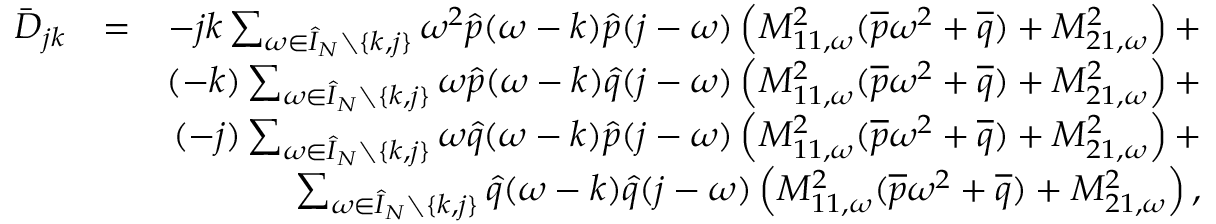
\begin{array} { r l r } { \bar { D } _ { j k } } & { = } & { - j k \sum _ { \omega \in \hat { I } _ { N } \setminus \{ k , j \} } \omega ^ { 2 } \hat { p } ( \omega - k ) \hat { p } ( j - \omega ) \left( M _ { 1 1 , \omega } ^ { 2 } ( \overline { { p } } \omega ^ { 2 } + \overline { { q } } ) + M _ { 2 1 , \omega } ^ { 2 } \right) + } \\ & { } & { ( - k ) \sum _ { \omega \in \hat { I } _ { N } \setminus \{ k , j \} } \omega \hat { p } ( \omega - k ) \hat { q } ( j - \omega ) \left( M _ { 1 1 , \omega } ^ { 2 } ( \overline { { p } } \omega ^ { 2 } + \overline { { q } } ) + M _ { 2 1 , \omega } ^ { 2 } \right) + } \\ & { } & { ( - j ) \sum _ { \omega \in \hat { I } _ { N } \setminus \{ k , j \} } \omega \hat { q } ( \omega - k ) \hat { p } ( j - \omega ) \left( M _ { 1 1 , \omega } ^ { 2 } ( \overline { { p } } \omega ^ { 2 } + \overline { { q } } ) + M _ { 2 1 , \omega } ^ { 2 } \right) + } \\ & { } & { \sum _ { \omega \in \hat { I } _ { N } \setminus \{ k , j \} } \hat { q } ( \omega - k ) \hat { q } ( j - \omega ) \left( M _ { 1 1 , \omega } ^ { 2 } ( \overline { { p } } \omega ^ { 2 } + \overline { { q } } ) + M _ { 2 1 , \omega } ^ { 2 } \right) , } \end{array}